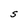
Character: U